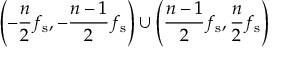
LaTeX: \left( - { \frac { n } { 2 } } f _ { \mathrm { s } } , - { \frac { n - 1 } { 2 } } f _ { \mathrm { s } } \right) \cup \left( { \frac { n - 1 } { 2 } } f _ { \mathrm { s } } , { \frac { n } { 2 } } f _ { \mathrm { s } } \right)